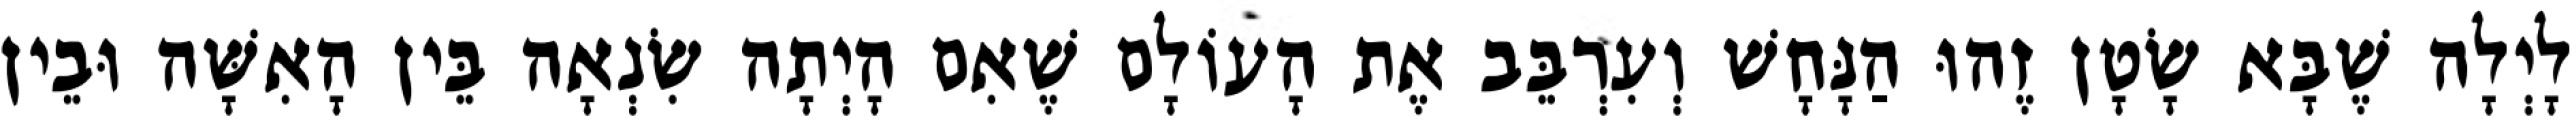
לָיְלָה שֶׁבָּא שָׂטָן זֶהוּ הַנָּחָשׁ וְעִרְבֵּב אֶת הָעוֹלָם שֶׁאִם הָיְתָה שִׂנְאָה בֵּין הָאִשָּׁה וּבֵין